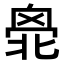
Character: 𠤣